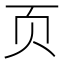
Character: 页